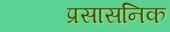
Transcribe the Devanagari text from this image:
प्रसासनिक